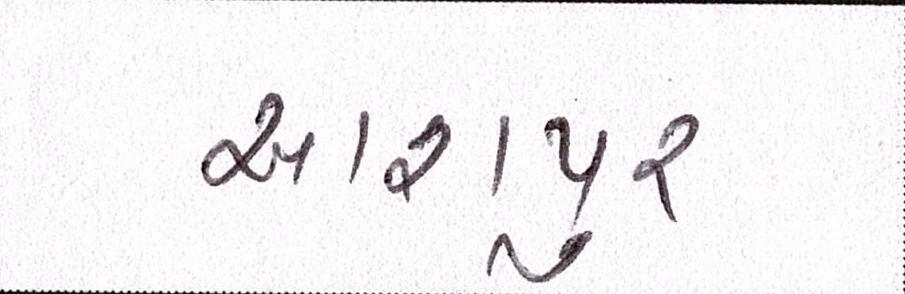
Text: આશપુર